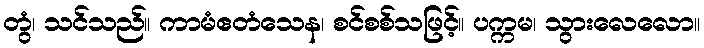
တွံ၊ သင်သည်။ ကာမံဧတံသေန၊ စင်စစ်သဖြင့်။ ပက္ကမ၊ သွားလေလော။